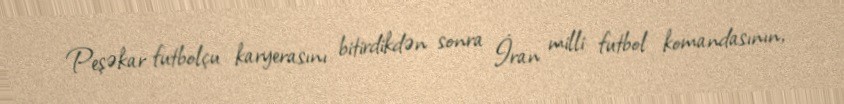
Peşəkar futbolçu karyerasını bitirdikdən sonra İran milli futbol komandasının,